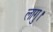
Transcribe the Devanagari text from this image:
लागु।